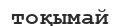
тоқымай